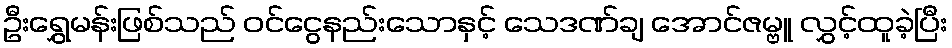
ဦးရွှေမန်းဖြစ်သည် ဝင်ငွေနည်းသောနှင့် သေဒဏ်ချ အောင်ဇမ္ဗူ လွှင့်ထူခဲ့ပြီး